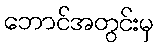
ဘောင်အတွင်းမှ